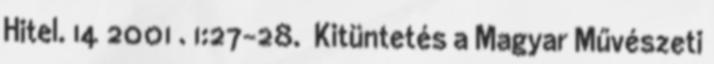
Hitel. 14 2001 . 1:27-28. Kitüntetés a Magyar Művészeti